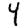
Digit: 4